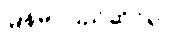
မြန်မာပြည်ဆိုင်ရာ